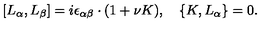
[ L _ { \alpha } , L _ { \beta } ] = i \epsilon _ { \alpha \beta } \cdot ( 1 + \nu K ) , \quad \{ K , L _ { \alpha } \} = 0 .